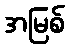
အမြစ်